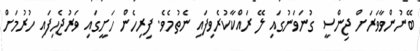
ބޭނުންވާވަރަށް ޖިންސީ ގުނަވަނުގައި ލޭ ރައްކާކުރެވިފައި ނެތުމެވެ. ފިރިހެން ހަށީގައި ވަރުޖެހިފައި ހުރުމަށް